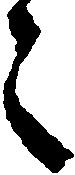
之